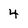
Character: 4